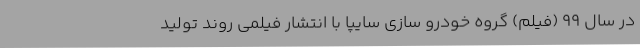
در سال 99 (فیلم) گروه خودرو سازی سایپا با انتشار فیلمی روند تولید